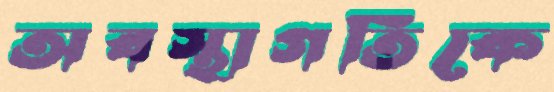
অবস্থাগতিকে